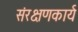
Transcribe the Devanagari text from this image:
संरक्षणकार्य